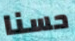
حسنا